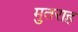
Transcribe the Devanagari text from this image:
मुतराह